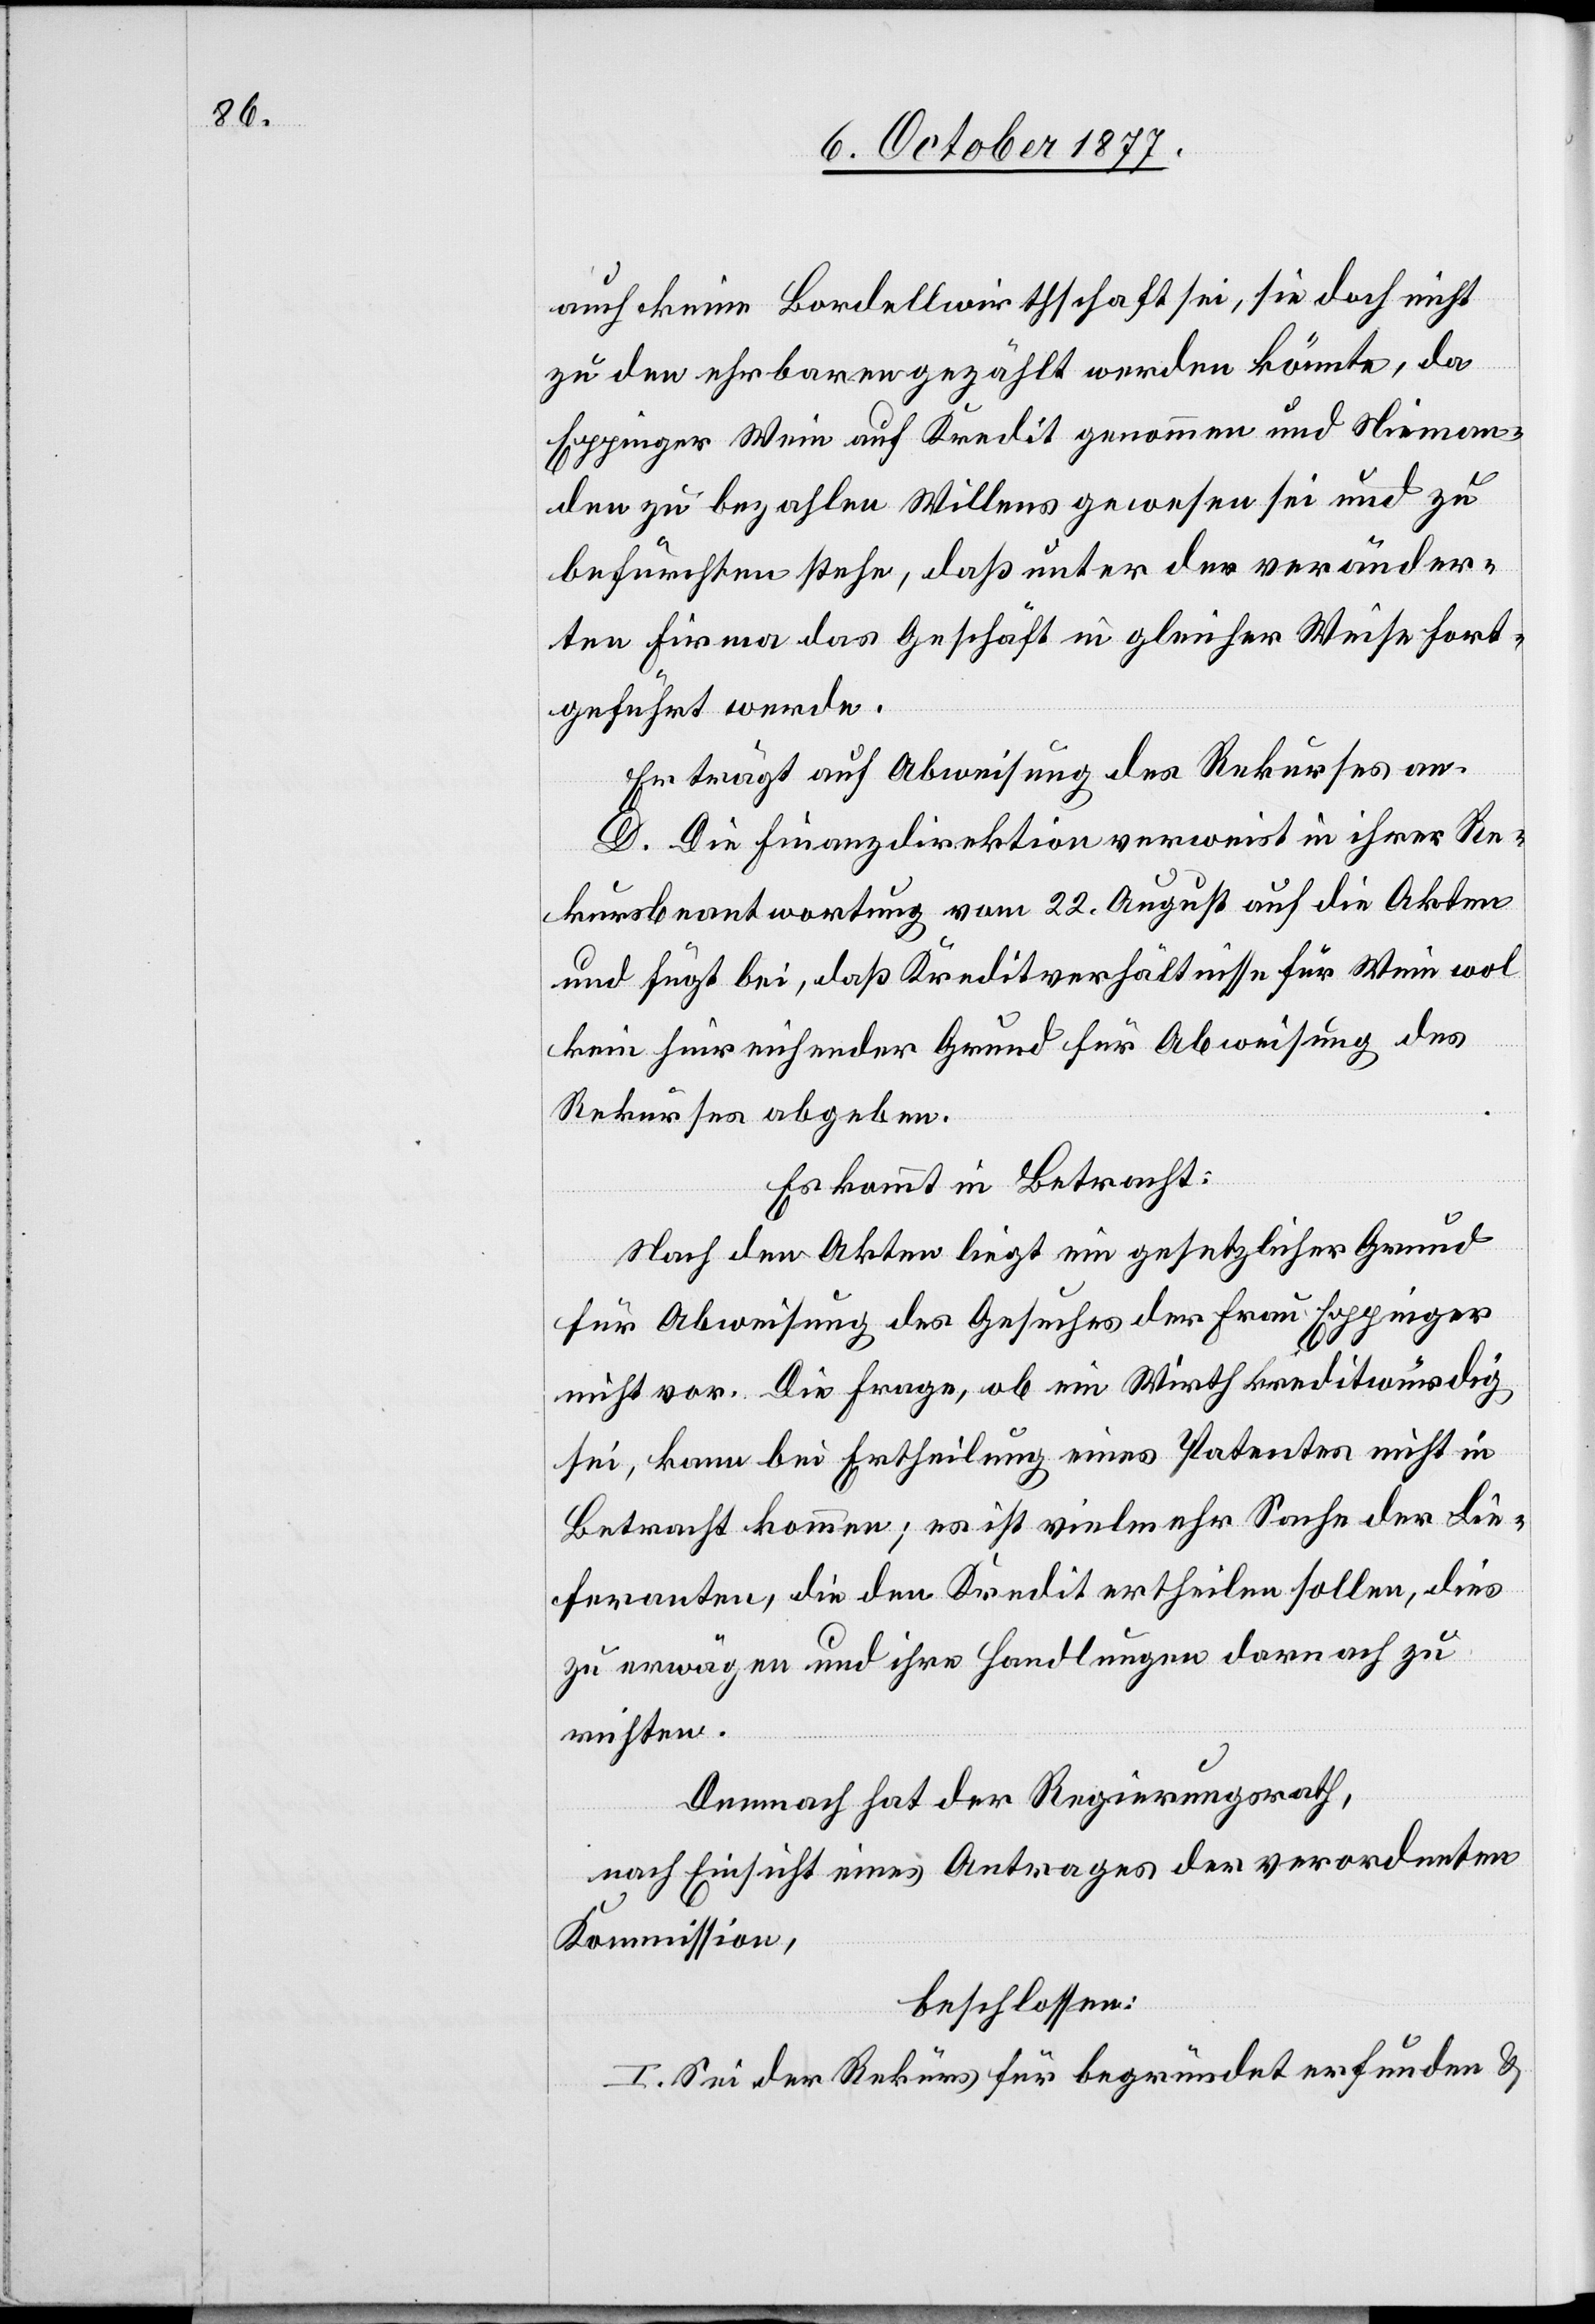
auch keine Bordellwirthschaft sei, sie doch nicht
zu den ehrbaren gezählt werden könnte, da
Eppinger Wein auf Kredit genommen und Nieman¬
den zu bezahlen Willens gewesen sei und zu
befürchten stehe, daß unter der veränder¬
ten Firma das Geschäft in gleicher Weise fort¬
geführt werde.
Er trägt auf Abweisung des Rekurses an.
D. Die Finanzdirektion verweist in ihrer Re¬
kursbeantwortung vom 22. August auf die Akten
und fügt bei, daß Kreditverhältnisse für Wein wol
kein hinreichender Grund für Abweisung des
Rekurses abgeben.
Es kommt in Betracht:
Nach den Akten liegt ein gesetzlicher Grund
für Abweisung des Gesuches der Frau Eppinger
nicht vor. Die Frage, ob ein Wirth kreditwürdig
sei, kann bei Ertheilung eines Patentes nicht in
Betracht kommen; es ist vielmehr Sache der Lie¬
feranten, die den Kredit ertheilen sollen, dies
zu erwägen und ihre Handlungen darnach zu
richten.
Demnach hat der Regierungsrath,
nach Einsicht eines Antrages der verordneten
Kommission,
beschlossen:
I. Sei der Rekurs für begründet erfunden &